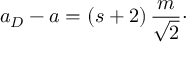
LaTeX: a _ { D } - a = ( s + 2 ) \, { \frac { m } { \sqrt { 2 } } } \cdotp